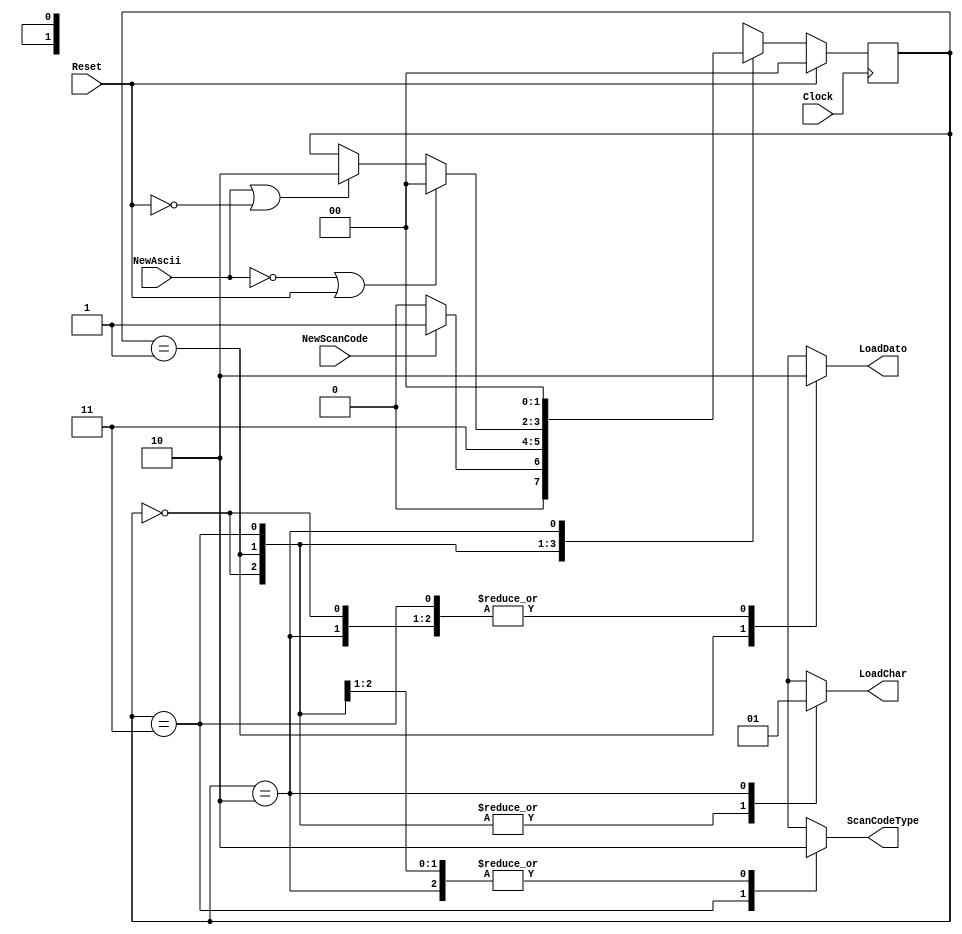
module MaquinaDeControl(
		input Clock,
		input Reset,
		input NewScanCode,
		input NewAscii,
		output reg LoadDato,
		output reg LoadChar,
		output reg ScanCodeType
);


 reg [1:0]state;
 parameter Sleep  = 3'h0;
 parameter Recibido  = 3'h1;
 parameter Type = 3'h3;
 parameter New = 3'h2;


always @(negedge Clock) begin
	if (Reset)
		state = Sleep;
	else begin
		case(state)
		Sleep:begin
			if(NewScanCode) state=Recibido;
			else state=Sleep;
		end
		Recibido:begin
			if(!Reset) state=Type;
		end
		Type:begin
			if(!NewAscii || Reset) state=Sleep;
			else if(NewAscii || !Reset) state=New;
		end
		New: state=Sleep;
		default: state = Sleep ;
		endcase
	end
end
always @(state) begin
  case(state)
    Sleep :begin
		LoadDato=0;
		LoadChar=0;
		ScanCodeType=0;
		end
    Recibido :begin
		LoadDato=1;
		LoadChar=0;
		ScanCodeType=0;
		end
    Type:begin
		LoadDato=0;
		LoadChar=0;
		ScanCodeType=1;
		end
    New:begin
		LoadDato=0;
		LoadChar=1;
		ScanCodeType=0;
		end
    default:begin
		LoadDato=0;
		LoadChar=0;
		ScanCodeType=0;
       end
  endcase
end

endmodule